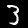
Digit: 3